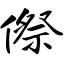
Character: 傺